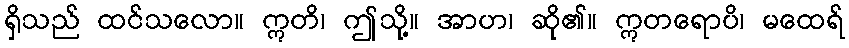
ရှိသည် ထင်သလော။ ဣတိ၊ ဤသို့။ အာဟ၊ ဆို၏။ ဣတရောပိ၊ မထေရ်